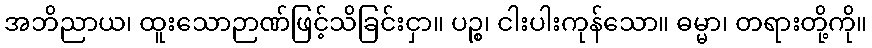
အဘိညာယ၊ ထူးသောဉာဏ်ဖြင့်သိခြင်းငှာ။ ပဉ္စ၊ ငါးပါးကုန်သော။ ဓမ္မာ၊ တရားတို့ကို။